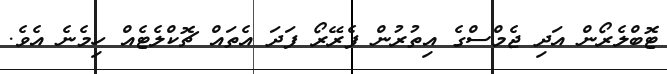
ޓޮބްލެރޯން އަދި ޖެމްސްގެ އިތުރުން ފެރޭރޯ ފަދަ އެތައް ޗޮކްލެޓެއް ހިމެނެ އެވެ.